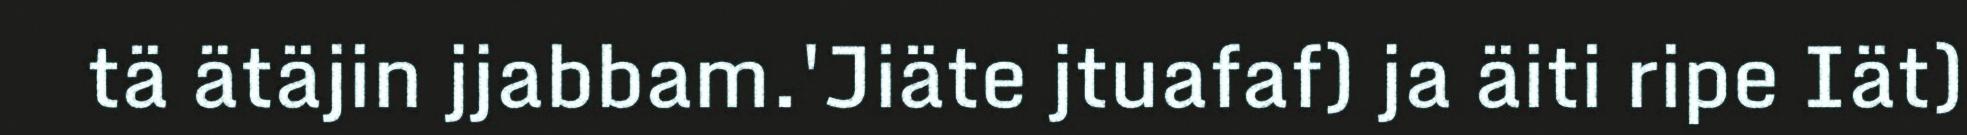
tä ätäjin jjabbam.'Jiäte jtuafaf) ja äiti ripe Iät)